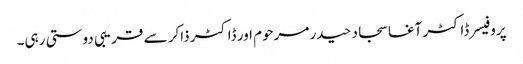
پروفیسر ڈاکٹر آغا سجاد حیدر مرحوم اور ڈاکٹر ذاکر سے قریبی دوستی رہی۔